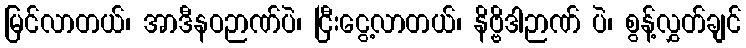
မြင်လာတယ်၊ အာဒီနဝဉာဏ်ပဲ၊ ငြီးငွေ့လာတယ်၊ နိဗ္ဗိဒါဉာဏ် ပဲ၊ စွန့်လွှတ်ချင်